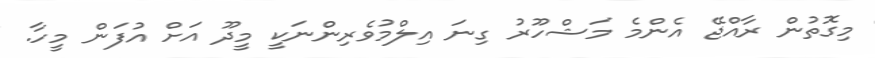
މިގޮތުން ރާއްޖޭ އެންމެ މަޝްހޫރު ގިނަ އިލްމުވެރިންނަކީ މީދޫ އަށް އުފަން މީހާ.